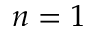
n = 1